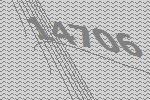
14706